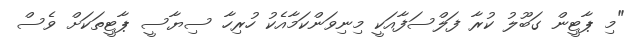
"މި ޕާޓީން ގަބޫލު ކުރާ ފަލްސަފާއަކީ މިނިވަންކަމާއެކު ހުރިހާ ސިޔާސީ ޕާޓީތަކަށް ވެސް